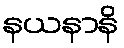
နယနာနိ